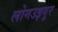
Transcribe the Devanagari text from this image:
लोगउइगुर